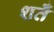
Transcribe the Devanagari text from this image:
शर्तेँ